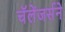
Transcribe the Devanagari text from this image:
चॅलेंजर्सने